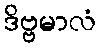
ဒိဗ္ဗမာလံ